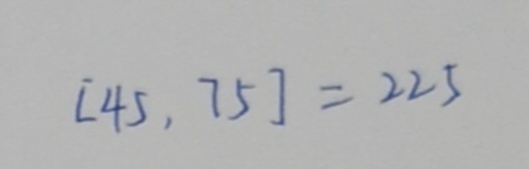
[ 4 5 , 7 5 ] = 2 2 5